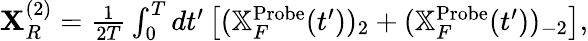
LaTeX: \begin{array}{r}{\mathbf{X}_{R}^{(2)}=\frac{1}{2T}\int_{0}^{T}dt^{\prime}\left[(\mathbb{X}_{F}^{\mathrm{Probe}}(t^{\prime}))_{2}+(\mathbb{X}_{F}^{\mathrm{Probe}}(t^{\prime}))_{-2}\right],}\end{array}